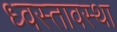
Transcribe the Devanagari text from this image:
ध्वस्तावस्था